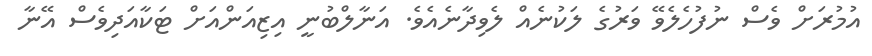
އުމުރަށް ވެސް ނުފުހެލެވޭ ވަރުގެ ލަކުނެއް ލެވިދާނެއެވެ. އަނާލްބުނީ އިޒިއަންއަށް ޓަކާއަދިވެސް އޭނާ